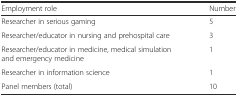
<table><thead><tr><td><b>Employment role</b></td><td><b>Number</b></td></tr></thead><tbody><tr><td>Researcher in serious gaming</td><td>5</td></tr><tr><td>Researcher/educator in nursing and prehospital care</td><td>3</td></tr><tr><td>Researcher/educator in medicine, medical simulation and emergency medicine</td><td>1</td></tr><tr><td>Researcher in information science</td><td>1</td></tr><tr><td>Panel members (total)</td><td>10</td></tr></tbody></table>